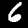
Digit: 6